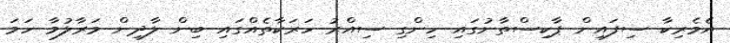
އެމެރިކާ ސިފައިން ޕާކިސްތާނުގައި ހިންގި ސިއްރު ހަރަކާތެއްގައި ބިން ލާދިން މަރާލުމާ ހަމަ